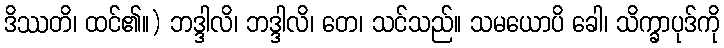
ဒိဿတိ၊ ထင်၏။) ဘဒ္ဒါလိ၊ ဘဒ္ဒါလိ၊ တေ၊ သင်သည်။ သမယောပိ ခေါ၊ သိက္ခာပုဒ်ကို